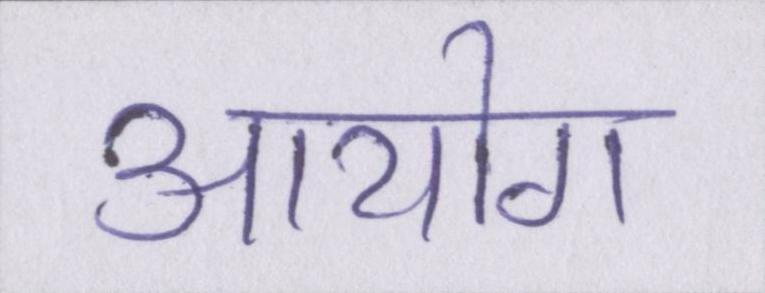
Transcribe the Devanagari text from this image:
आयोग